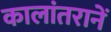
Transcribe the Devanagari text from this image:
कालांतरानें